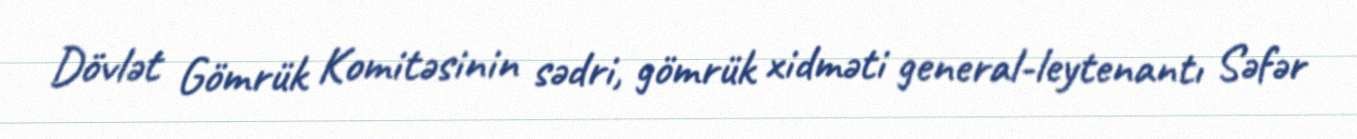
Dövlət Gömrük Komitəsinin sədri, gömrük xidməti general-leytenantı Səfər